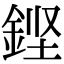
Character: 𮡸